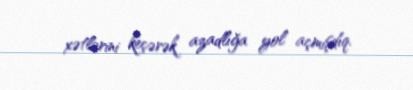
xətlərini keçərək azadlığa yol açmışdıq.